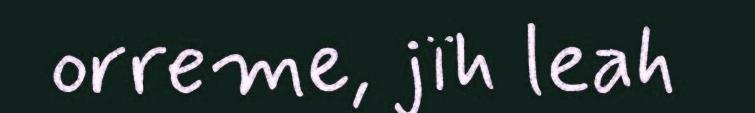
orreme, jïh leah